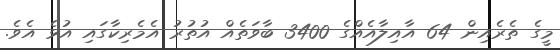
މީގެ ތެރެއިން 64 އާއިލާއެއްގެ 3400 ބާވަތެއް އުތުރު އެމެރިކާގައި އުޅެ އެވެ.